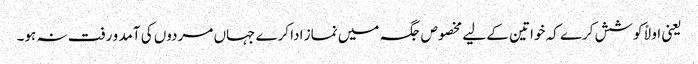
یعنی اولاً کوشش کرے کہ خواتین کے لیے مخصوص جگہ میں نماز ادا کرے جہاں مردوں کی آمد و رفت نہ ہو۔